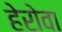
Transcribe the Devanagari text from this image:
हेरोवा